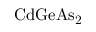
\mathrm { C d G e A s _ { 2 } }